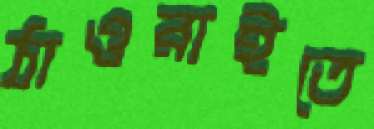
ঠাওরাইতে